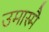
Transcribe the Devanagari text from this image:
उमास्मै